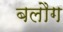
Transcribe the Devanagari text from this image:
बलौग